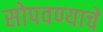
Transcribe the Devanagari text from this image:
सोपवण्याचे